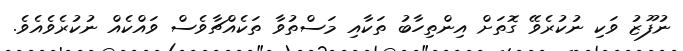
ނުފޫޒު ވަކި ނުކުރެވޭ ގޮތަށް އިންތިހާބު ތަކާއި މަސްތުވާ ތަކެއްޗާވެސް ވައްކެއް ނުކުރެވެއެވެ.